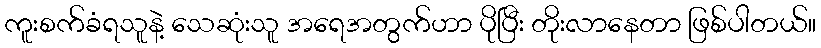
ကူးစက်ခံရသူနဲ့ သေဆုံးသူ အရေအတွက်ဟာ ပိုပြီး တိုးလာနေတာ ဖြစ်ပါတယ်။